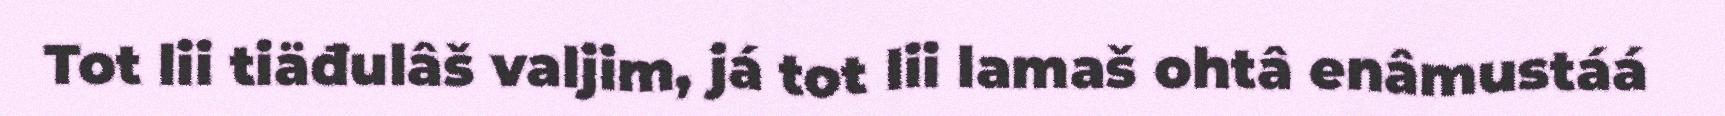
Tot lii tiäđulâš valjim, já tot lii lamaš ohtâ enâmustáá